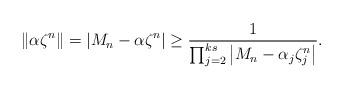
LaTeX: \begin{align*} \left\Vert \alpha\zeta^{n}\right\Vert = \vert M_{n}-\alpha\zeta^{n}\vert\geq \frac{1}{\prod_{j=2}^{ks} \left\vert M_{n}-\alpha_{j}\zeta_{j}^{n}\right\vert}.\end{align*}